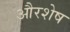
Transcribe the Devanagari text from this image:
औरशेष